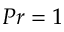
P r = 1